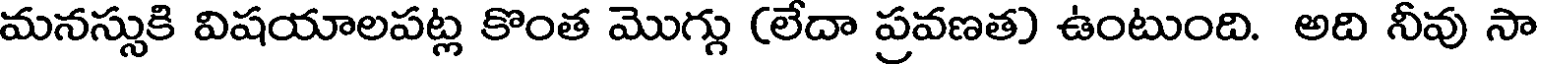
మనస్సుకి విషయాలపట్ల కొంత మొగ్గు (లేదా ప్రవణత) ఉంటుంది. అది నీవు సా